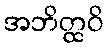
အဘိတ္ထဝိ